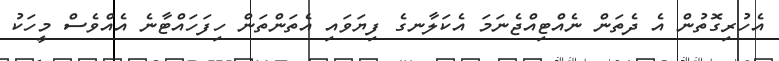
އެހުރިގޮތުން އެ ދެތަން ނެއްޓިއްޖެނަމަ އެކަލާނގެ ފިޔަވައި އެތަންތަން ހިފަހައްޓާނެ އެއްވެސް މީހަކު